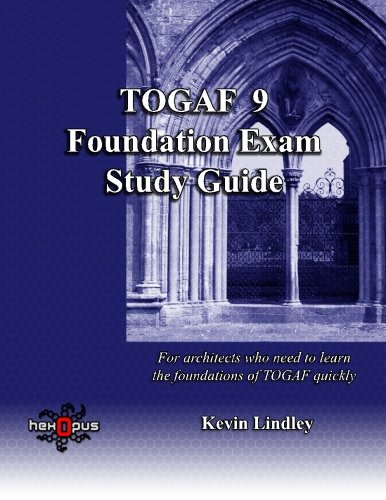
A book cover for TOGAF 9 Foundation Exam Study Guide: For busy architects who need to learn TOGAF 9 quickly; Kevin Lindley; Computers & Technology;